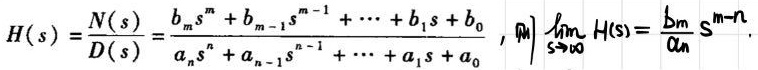
\[
H(s)=\frac{N(s)}{D(s)}=\frac{b_m s^m + b_{m - 1}s^{m - 1}+\cdots + b_1 s + b_0}{a_n s^n + a_{n - 1}s^{n - 1}+\cdots + a_1 s + a_0}, \quad \lim_{s\rightarrow\infty} H(s)=\frac{b_m}{a_n}s^{m - n}.
\]